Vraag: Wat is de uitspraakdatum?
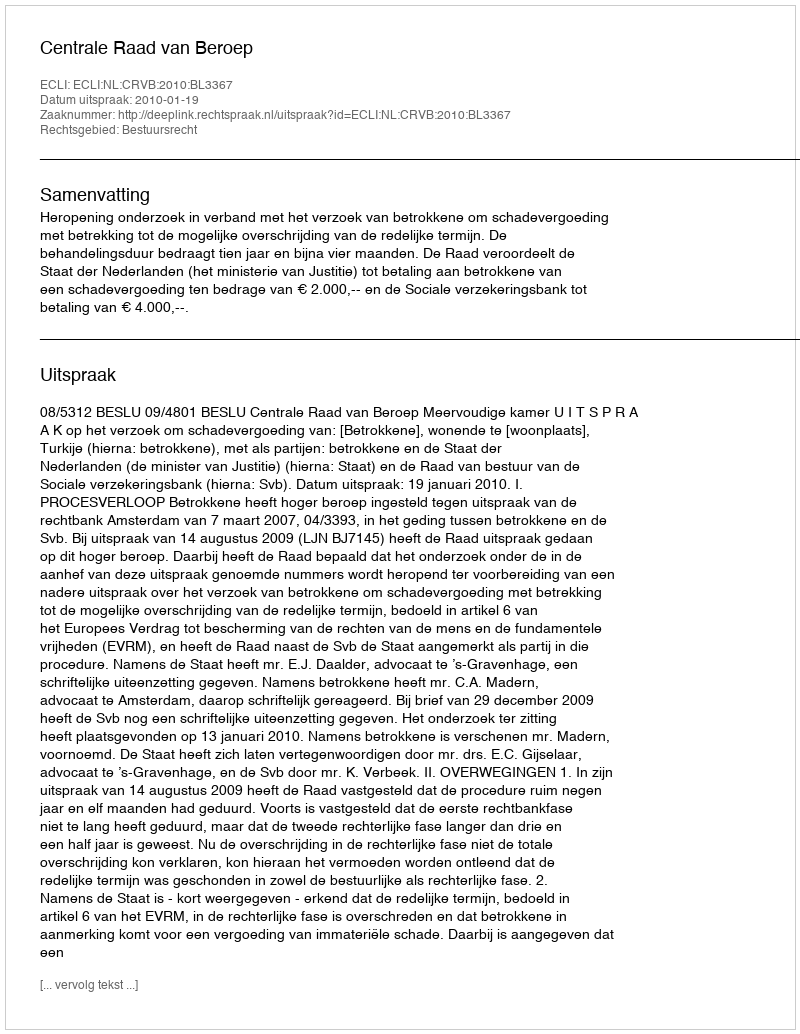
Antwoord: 2010-01-19